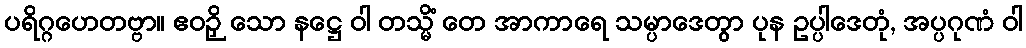
ပရိဂ္ဂဟေတဗ္ဗာ။ ဧဝဉှိ သော နဋ္ဌေ ဝါ တသ္မိံ တေ အာကာရေ သမ္ပာဒေတွာ ပုန ဥပ္ပါဒေတုံ, အပ္ပဂုဏံ ဝါ